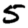
Digit: 5